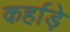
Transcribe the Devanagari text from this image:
कर्हाड़े